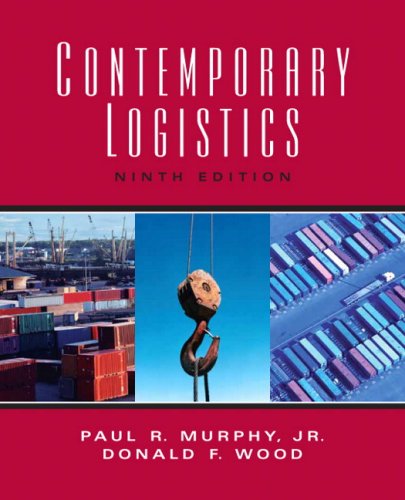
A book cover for Contemporary Logistics (9th Edition); Paul R. MurphyJr.; Business & Money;